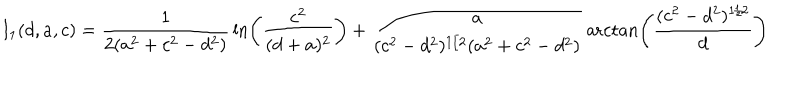
I _ { 1 } ( d , a , c ) = { \frac { 1 } { 2 ( a ^ { 2 } + c ^ { 2 } - d ^ { 2 } ) } } \ln \left( { \frac { c ^ { 2 } } { ( d + a ) ^ { 2 } } } \right) + { \frac { a } { ( c ^ { 2 } - d ^ { 2 } ) ^ { 1 / 2 } ( a ^ { 2 } + c ^ { 2 } - d ^ { 2 } ) } } \operatorname { a r c t a n } \left( { \frac { ( c ^ { 2 } - d ^ { 2 } ) ^ { 1 / 2 } } { d } } \right)